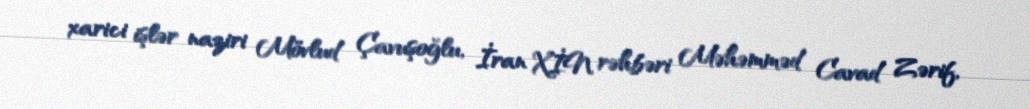
xarici işlər naziri Mövlud Çavuşoğlu, İran XİN rəhbəri Məhəmməd Cavad Zərif,